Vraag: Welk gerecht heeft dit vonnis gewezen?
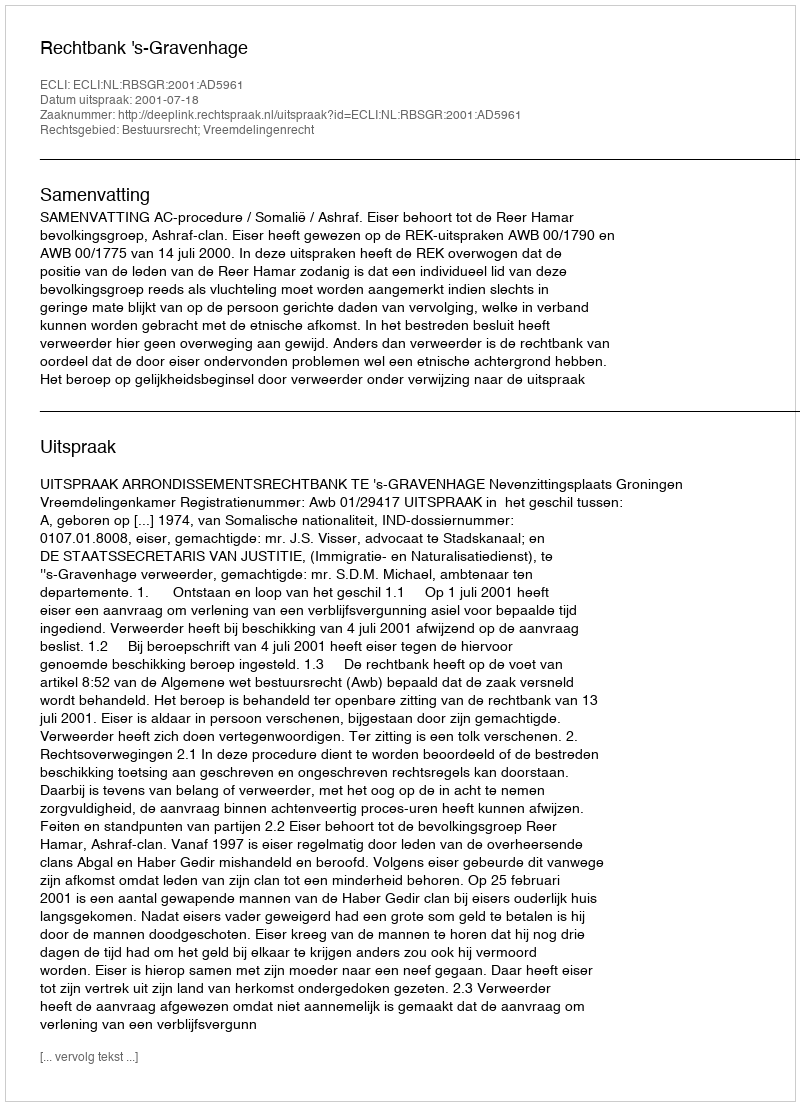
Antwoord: Rechtbank 's-Gravenhage